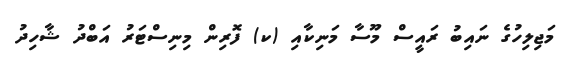
މަޖިލިހުގެ ނައިބު ރައީސް މޫސާ މަނިކާއި (ކ) ފޮރިން މިނިސްޓަރު އަބްދު ޝާހިދު